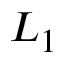
L _ { 1 }